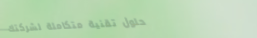
حلول تقنية متكاملة لشركتك